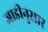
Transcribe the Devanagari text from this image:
जाडीनुसार